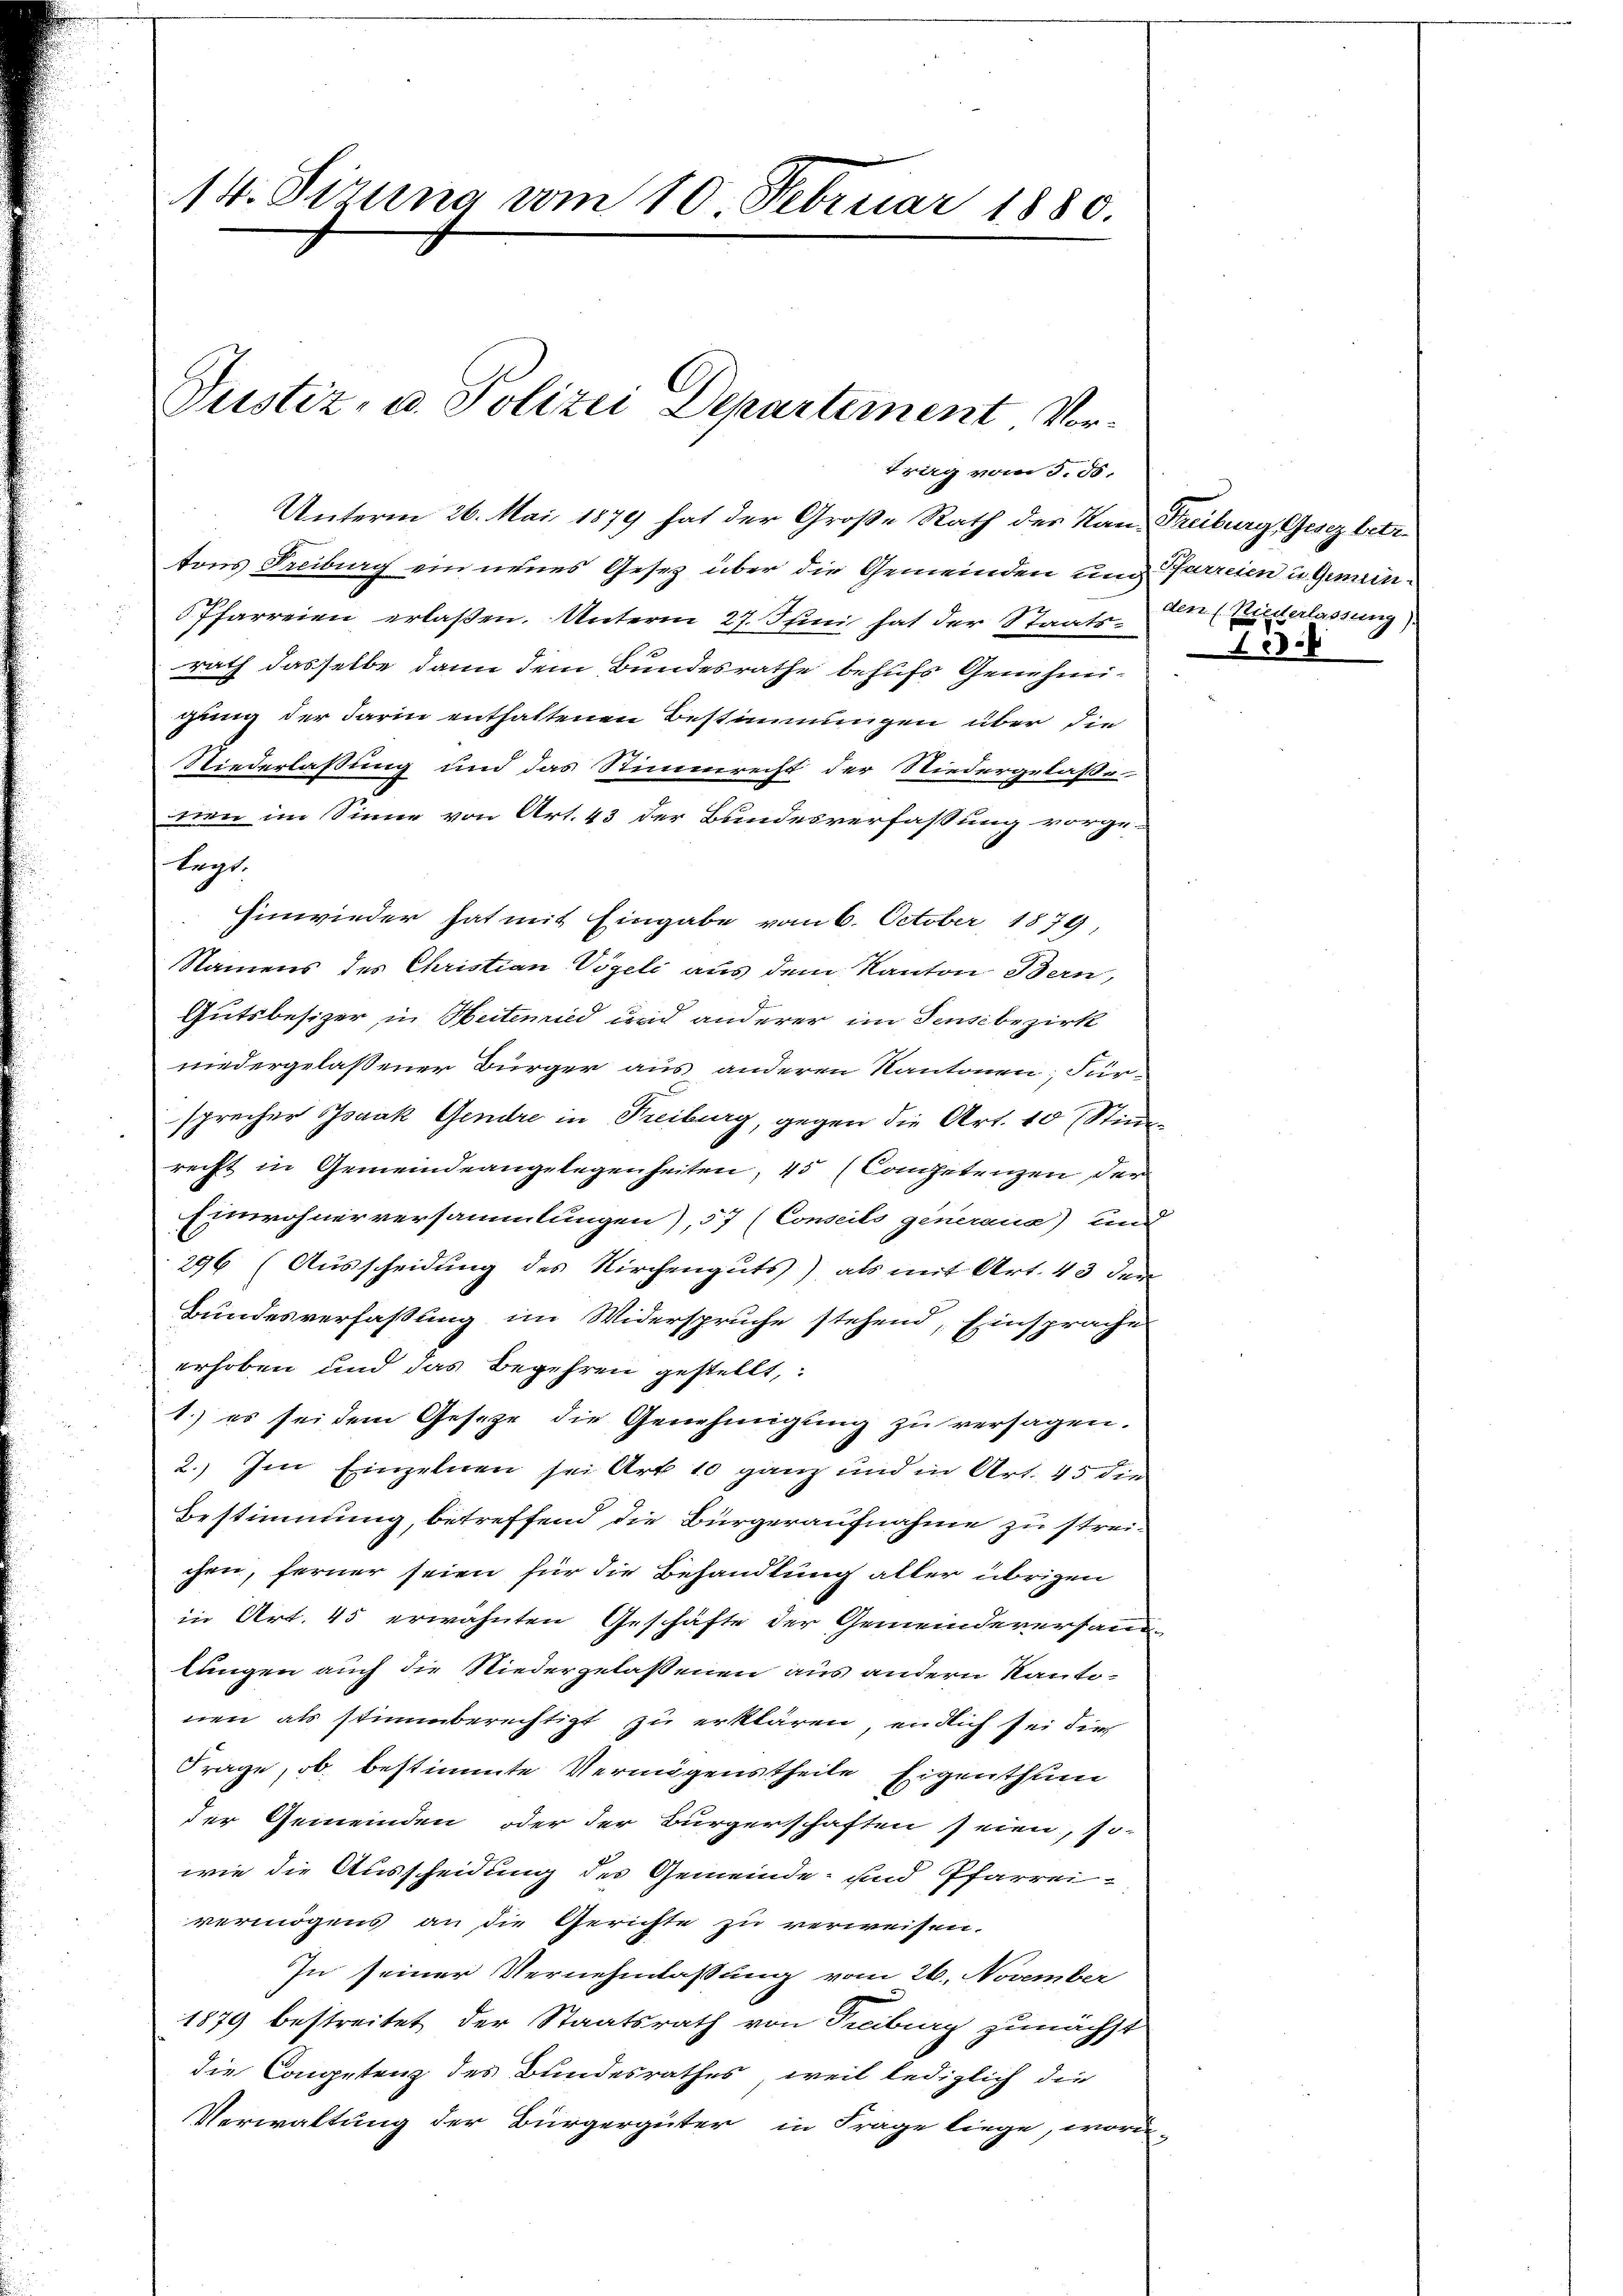
14. Sizung vom 10. Februar 1880.

Justiz- u. Polizei Departement Vor¬

trag vom 3. 55.

Unterm 26. Mai 1879 hat der Große Rath des Kan Freiburg Gesez betr.
tons Freiburg ein neues Gesetz über die Gemeinden und farreien u Gemein¬
Pfarreien erlaßen. Unterm 27. Juni hat der Staats- der (Wiesterlassung)
rath dasselbe dann dem Bundesrathe behufs Genehmigung der darin enthaltenen Bestimmungen über die
Niederlaßung und das Stimmrecht der Niedergelaße
nen im Sinne von Art. 43 der Bundesverfassung vorge-
tagt.
hinwieder hat mit Eingabe vom 6. October 1879,
Namens des Christian Vögeli aus dem Kanton Bern,
Gutsbesizer, in Heitend und anderer im Sensbezirk
niedergelassener Bürger aus anderen Kantonen Für-
sprecher Isaak Gendre in Freiburg, gegen die Art. 10 Stimm
recht in Gemeindeangelegenheiten, 45 (Competenzen der
Einwohnerversammlungen), 57 (Conseils generane) und
296 (Ausscheidung des Kirchenguts) als mit Art. 43 der
Bundesverfaßung im Widerspruche stehend, Einsprache
erhoben und das Begehren gestellt,
1.) es sei dem Gesetze die Genehmigŭng zu versagen.
2. Im Einzelnen sei Art 10 ganz und in Art. 45 die
Bestimmung, betreffend die Bürgeraufnahme zu streichen, ferner seien für die Behandlung aller übrigen
in Art. 45 erwähnten Geschäfte der Gemeindeversandlungen auch die Niedergelassenen aus andern Kantonen als stimmberechtigt zu erklären, endlich sei die
Frage, ob bestimmte Vermögenstheile Eigenthum
der Gemeinden oder der Bürgerschaften seien, so-
wie die Ausscheidung des Gemeinde- und Pfarreivermögens an die Gerichte zu verweisen.
In seiner Vernehmlassung vom 26. November
1879 bestreitet der Staatsrath von Freiburg zunächst
die Competenz des Bundesrathes, weil lediglich die
Verwaltung der Bürgergüter in Frage liege, wori-

18.